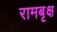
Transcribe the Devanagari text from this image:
रामबृक्ष